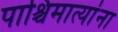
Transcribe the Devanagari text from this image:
पाश्चिमात्यांना